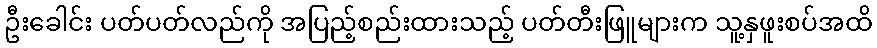
ဦးခေါင်း ပတ်ပတ်လည်ကို အပြည့်စည်းထားသည့် ပတ်တီးဖြူများက သူ့နှဖူးစပ်အထိ